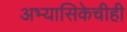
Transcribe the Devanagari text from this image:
अभ्यासिकेचीही